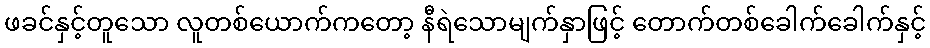
ဖခင်နှင့်တူသော လူတစ်ယောက်ကတော့ နီရဲသောမျက်နှာဖြင့် တောက်တစ်ခေါက်ခေါက်နှင့်